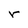
Character: r